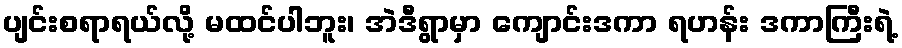
ပျင်းစရာရယ်လို့ မထင်ပါဘူး၊ အဲဒီရွာမှာ ကျောင်းဒကာ ရဟန်း ဒကာကြီးရဲ့